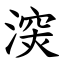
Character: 㴱